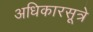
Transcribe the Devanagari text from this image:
अधिकारसूत्रे